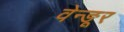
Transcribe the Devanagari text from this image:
वेन्ङूर